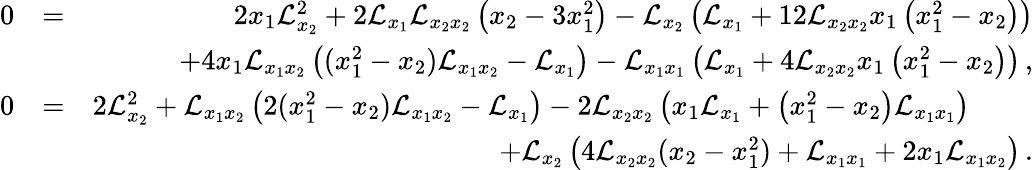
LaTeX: \begin{array}{rlr}{0}&{=}&{2x_{1}\mathcal{L}_{x_{2}}^{2}+2\mathcal{L}_{x_{1}}\mathcal{L}_{x_{2}x_{2}}\left(x_{2}-3x_{1}^{2}\right)-\mathcal{L}_{x_{2}}\left(\mathcal{L}_{x_{1}}+12\mathcal{L}_{x_{2}x_{2}}x_{1}\left(x_{1}^{2}-x_{2}\right)\right)}\\ &{}&{+4x_{1}\mathcal{L}_{x_{1}x_{2}}\left((x_{1}^{2}-x_{2})\mathcal{L}_{x_{1}x_{2}}-\mathcal{L}_{x_{1}}\right)-\mathcal{L}_{x_{1}x_{1}}\left(\mathcal{L}_{x_{1}}+4\mathcal{L}_{x_{2}x_{2}}x_{1}\left(x_{1}^{2}-x_{2}\right)\right)\, ,}\\ {0}&{=}&{2\mathcal{L}_{x_{2}}^{2}+\mathcal{L}_{x_{1}x_{2}}\left(2(x_{1}^{2}-x_{2})\mathcal{L}_{x_{1}x_{2}}-\mathcal{L}_{x_{1}}\right)-2\mathcal{L}_{x_{2}x_{2}}\left(x_{1}\mathcal{L}_{x_{1}}+\left(x_{1}^{2}-x_{2}\right)\mathcal{L}_{x_{1}x_{1}}\right)~~~~~~~~~}\\ &{}&{+\mathcal{L}_{x_{2}}\left(4\mathcal{L}_{x_{2}x_{2}}(x_{2}-x_{1}^{2})+\mathcal{L}_{x_{1}x_{1}}+2x_{1}\mathcal{L}_{x_{1}x_{2}}\right)\, .}\end{array}